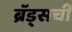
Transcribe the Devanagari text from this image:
ब्रॅड्सची